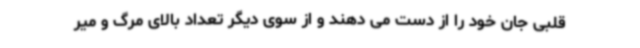
قلبی جان خود را از دست می دهند و از سوی دیگر تعداد بالای مرگ و میر